Lunatic asylums Punjab 1868-1880 - 1868-1880
Year: 1868
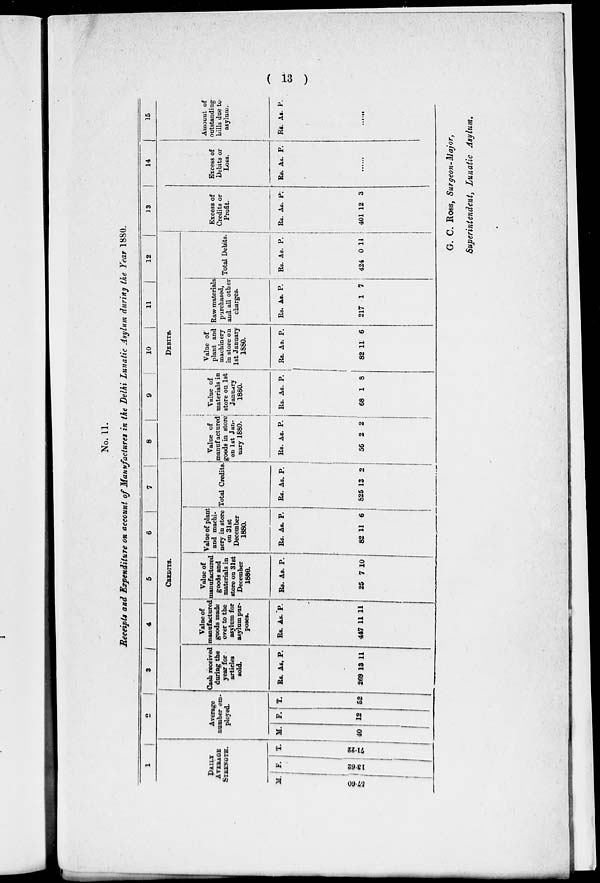
( 13 )
No. 11.
Receipts and Expenditure on account of Manufactures in the Delhi Lunatic Asylum during the Year 1880.
1
DAILY
AVERAGE
STRENGTH.
M.
57.60
F.
13.62
T.
71.22
2
Average
number em-
ployed.
M.
40
F.
12
T.
52
3
4
5
6
7
CREDITS.
Cash received
during the
year for
articles
sold.
Rs.
269
As.
13
P.
11
Value of
manufactured
goods made
over to the
asylum for
asylum pur-
poses.
Rs.
447
As.
11
P.
11
Value of
manufactured
goods and
materials in
store on 31st
December
1880.
Rs.
25
As.
7
P.
10
Value of plant
and machi-
nery in store
on 31st
December
1880.
Rs.
82
As.
11
P.
6
Total Credits.
Rs.
825
As.
13
P.
2
8
9
10
11
12
DEBITS.
Value of
manufactured
goods in store
on 1st Jan-
uary 1880.
Rs.
56
As.
2
P.
2
Value of
materials in
store on 1st
January
1880.
Rs.
68
As.
1
P.
8
Value of
plant and
machinery
in store on
1st January
1880.
Rs.
82
As.
11
P.
6
Raw materials
purchased,
and all other
charges.
Rs.
217
As.
1
P.
7
Total Debits.
Rs.
424
As.
0
P.
11
13
Excess of
Credits or
Profit.
Rs.
401
As.
12
P.
3
14
Excess of
Debits or
Loss.
Rs. As. P.
......
15
Amount of
outstanding
bills due to
asylum.
Rs. As. P.
......
G. C. Ross, Surgeon-Major,
Superintendent , Lunatic Asylum.